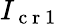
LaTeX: I_{\mathrm{~c~r~1~}}